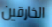
الخارقين